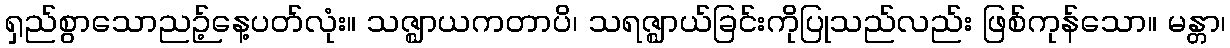
ရှည်စွာသောညဉ့်နေ့ပတ်လုံး။ သဇ္ဈာယကတာပိ၊ သရဇ္ဈာယ်ခြင်းကိုပြုသည်လည်း ဖြစ်ကုန်သော။ မန္တာ၊